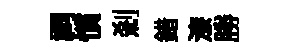
祠慣刹錯漆勝